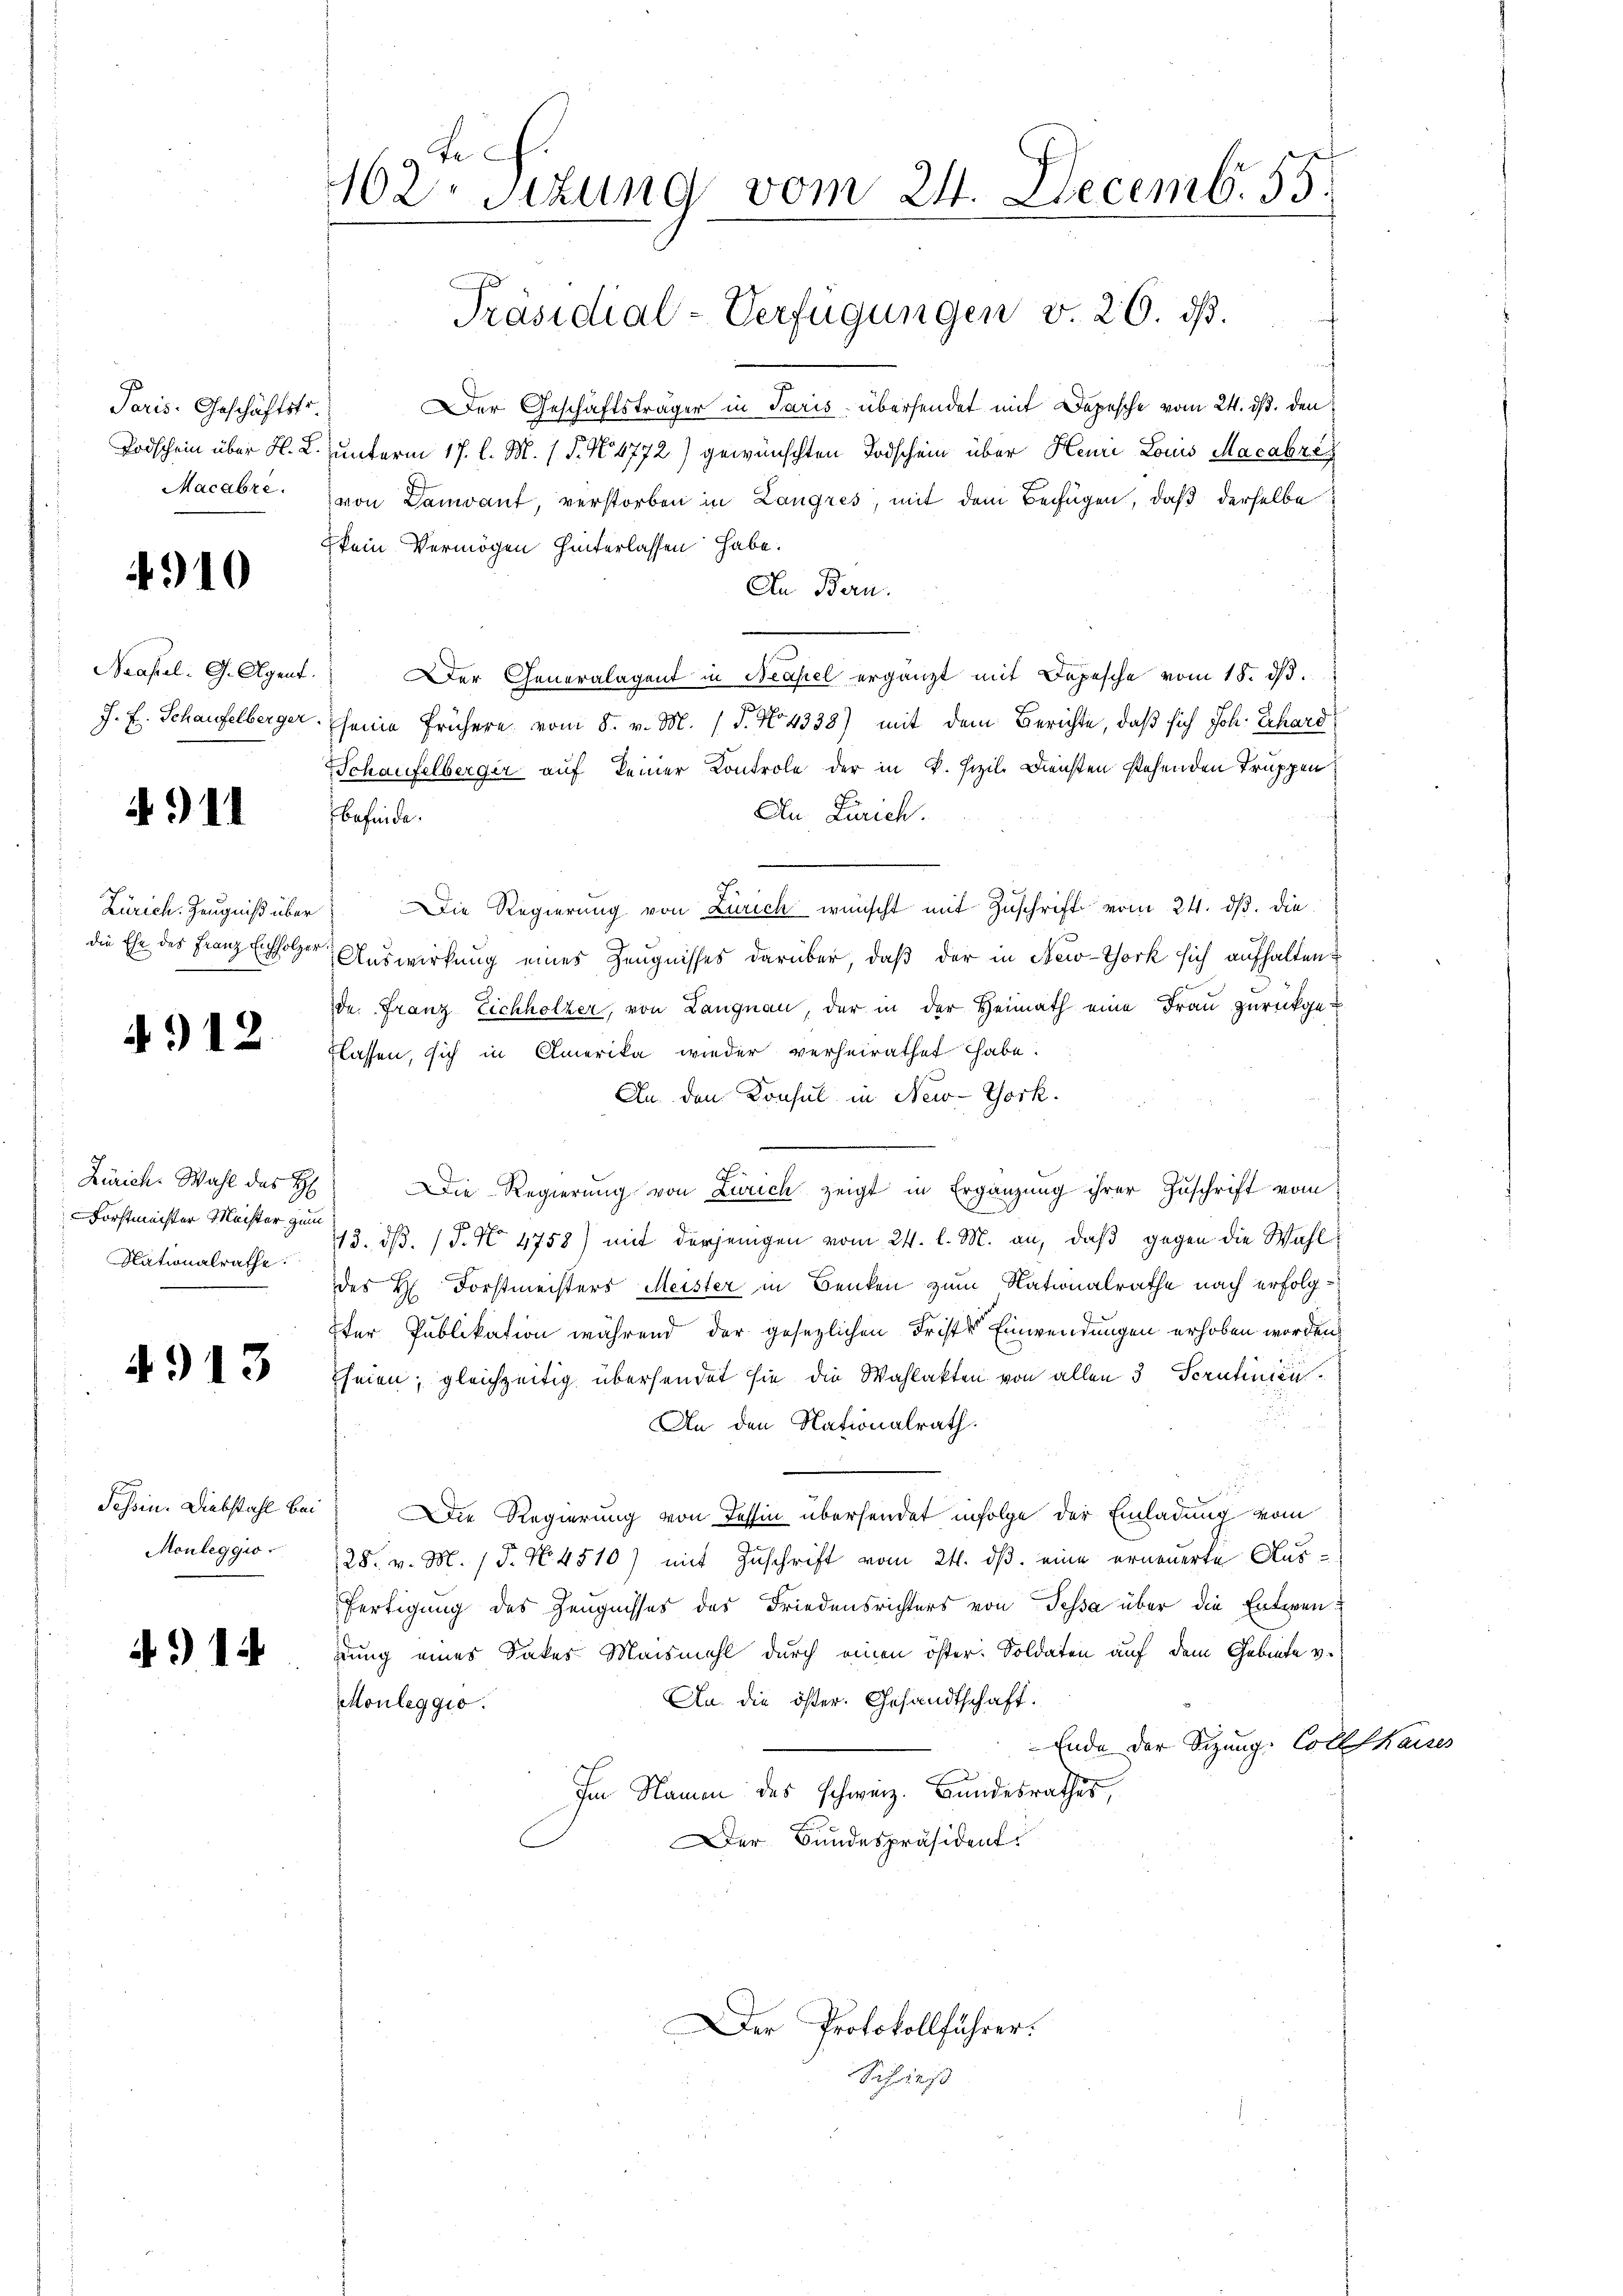
Paris. Geschäftstr
Todschein über H. L.
Macabre

4910

Neapel. G. Agent.
J. F. Schaufelberger

4911

Zürich. Zeugniß über
die Ehe des Franz Eichholzer

4912.

Zürich. Wahl des H
Forstmeister Möchter zum
Nationalrathe

4913

Tessin. Diebstahl bei
Monleggio

414

162 situng vom 24. Decemb. 55.
Präsidial-Verfügungen v. 26. ds.

Der Geschäftsträger in Paris, übersendet mit Depesche vom 24. ds. den
unterm 17. l. M. (T. N. 4772) gewünschten Todschein über Heure Louis Macabre
von Landant verstorben in Langres, mit dem Beifügen, daß derselbe
kein Vermögen hinterlassen habe.
An Bern.
Der Generalagent in Neapel ergänzt mit Depesche vom 15. ds.
seine frühere vom 8. v. M. (T. No 4338) mit dem Berichte, daß sich Joh. Schard
Schaufelberger auf keiner Kontrole der in k. Sizil. Diensten stehenden Truppen
An Zürich.
Befinde.
Die Regierung von Zürich wünscht mit Zuschrift vom 24. ds. die
Auswirkung eines Zeugnisses darüber, daß der in New-York sich aufhalten?
de. Franz Eichhölzer, von Langnau, der in der Heimath eine Frau zurückge-
flassen, sich in Amerika wieder verheirathet habe.
An. den Konsul in New-York.
Die Regierung von Zürich zeigt in Ergänzung ihrer Zuschrift vom
13. ds. (T. No 4758) mit derjenigen vom 24. l. M. an, daß gegen die Wahl
des H. Forstmeisters Meister in Benken zum Nationalrathe nach erfolgter Publikation während der gesezlichen Frister Einwendungen erhoben worden,
Theien; gleichzeitig übersendet sie die Wahlakten von allen 3 Scrutinien
An den Nationalrath.
Die Regierung von Tessin übersendet infolge der Einladung vom
28. v. M. 18. No. 4510) mit Zuschrift vom 24. ds. eine erneuerte Aus¬
Fertigung des Zeugnisses des Friedensrichters von Tessa über die Entwendung eines Sakes Maismahl durch einen öster. Soldaten auf dem Gebiete v.
An die öster. Gesandtschaft.
Monleggio.
Ende der Sizung. Colle kaises
Im Namen des schweiz. Bundesrathes,
Der Bundespräsident.

Der Protokollführer.

Schrieß